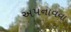
અપનાવવા